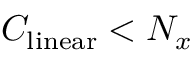
C _ { \mathrm { l i n e a r } } < N _ { x }